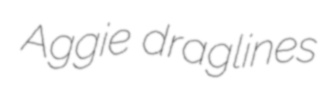
Aggie draglines